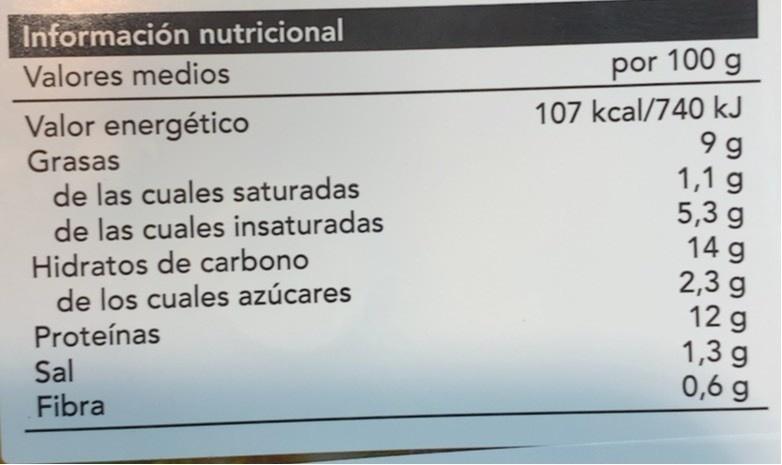
Información nutricional
Valores medios
por 100 g
107 kcal/740 kJ 9 9 1,1 g 5,3 g 14 g 2,3 g 12 g 1,3 g 0,6 g
Valor energético Grasas de las cuales saturadas de las cuales insaturadas
Hidratos de carbono de los cuales azúcares
Proteínas
Sal Fibra